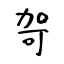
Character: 哿